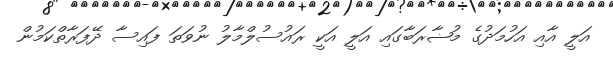
އަލީ އާއި އަހުމަދުގެ މުޟާރަބާގައި އަލީ އަކީ ރައުސުލްމާލު ނުވަތަ ފައިސާ ދޭފަރާތްކަމުން